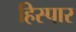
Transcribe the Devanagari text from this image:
हिस्पार